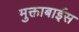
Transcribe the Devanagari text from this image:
मुक्ताबाईस